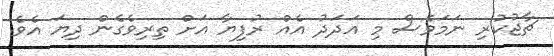
ޗާޖުކުރި ނަމަވެސް މި އަދަދު އެއް ރުފިޔާ އަށް ތިރިވެގެން ދިޔަ އެވެ.